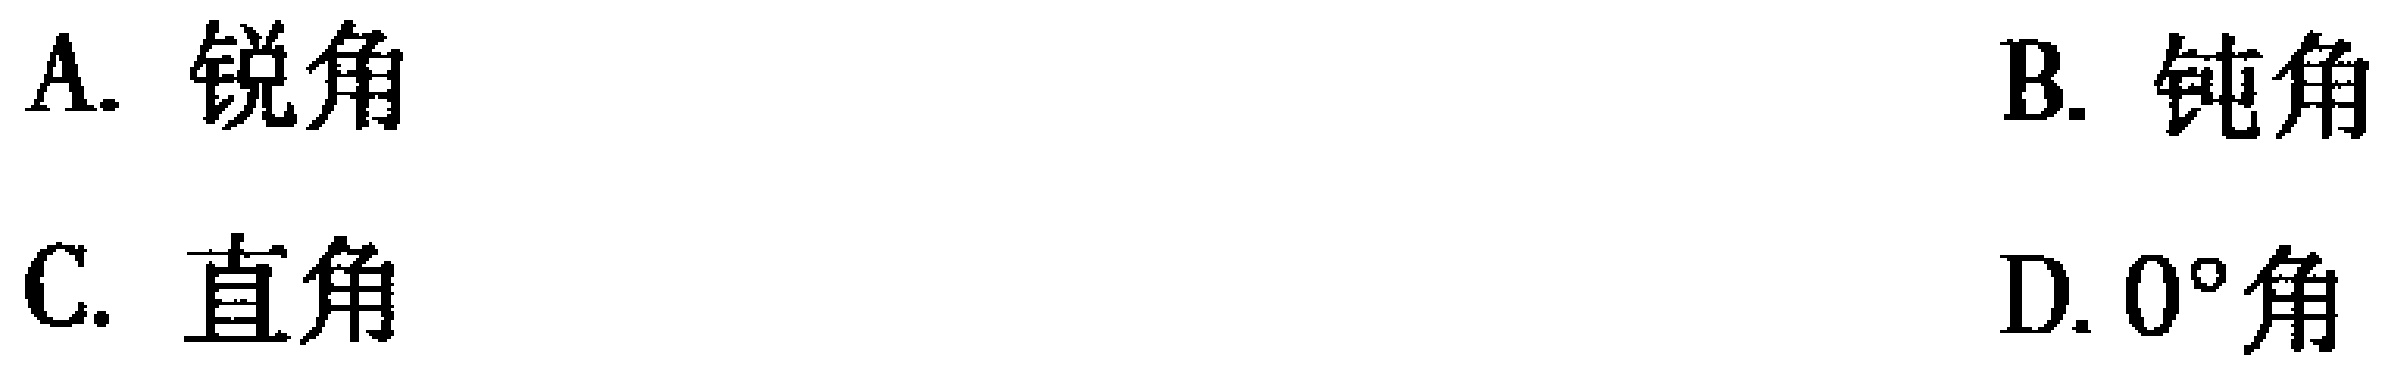
A. 锐角
B. 钝角
C. 直角
D. \(0^{\circ}\)角